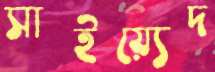
সাইয়্যেদ